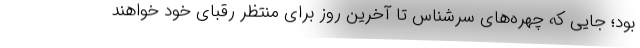
بود؛ جایی که چهره‌های سرشناس تا آخرین روز برای منتظر رقبای خود خواهند